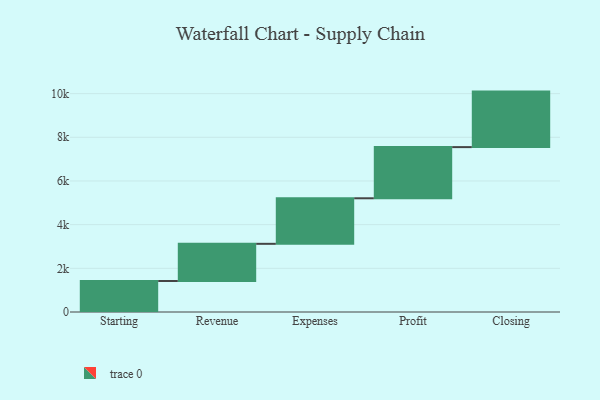
{"axis": {"x": "Step", "y": "Value"}, "legend": [""], "data": [{"x": "Starting", "y": 1419.0, "type": ""}, {"x": "Revenue", "y": 1703.0, "type": ""}, {"x": "Expenses", "y": 2085.0, "type": ""}, {"x": "Profit", "y": 2343.0, "type": ""}, {"x": "Closing", "y": 2542.0, "type": ""}]}